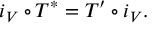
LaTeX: i _ { V } \circ T ^ { * } = T ^ { \prime } \circ i _ { V } .